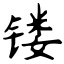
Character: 镂